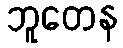
ဘူတေန